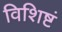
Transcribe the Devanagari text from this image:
विशिष्टं